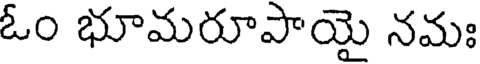
ఓం భూమరూపాయై నమః